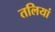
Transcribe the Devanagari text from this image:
तलियां